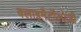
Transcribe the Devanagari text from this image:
क्लाइमैटॉलोजी